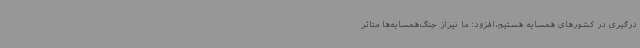
درگیری در کشورهای همسایه‌ هستیم،افزود: ما نیزاز جنگ‌همسایه‌ها متاثر